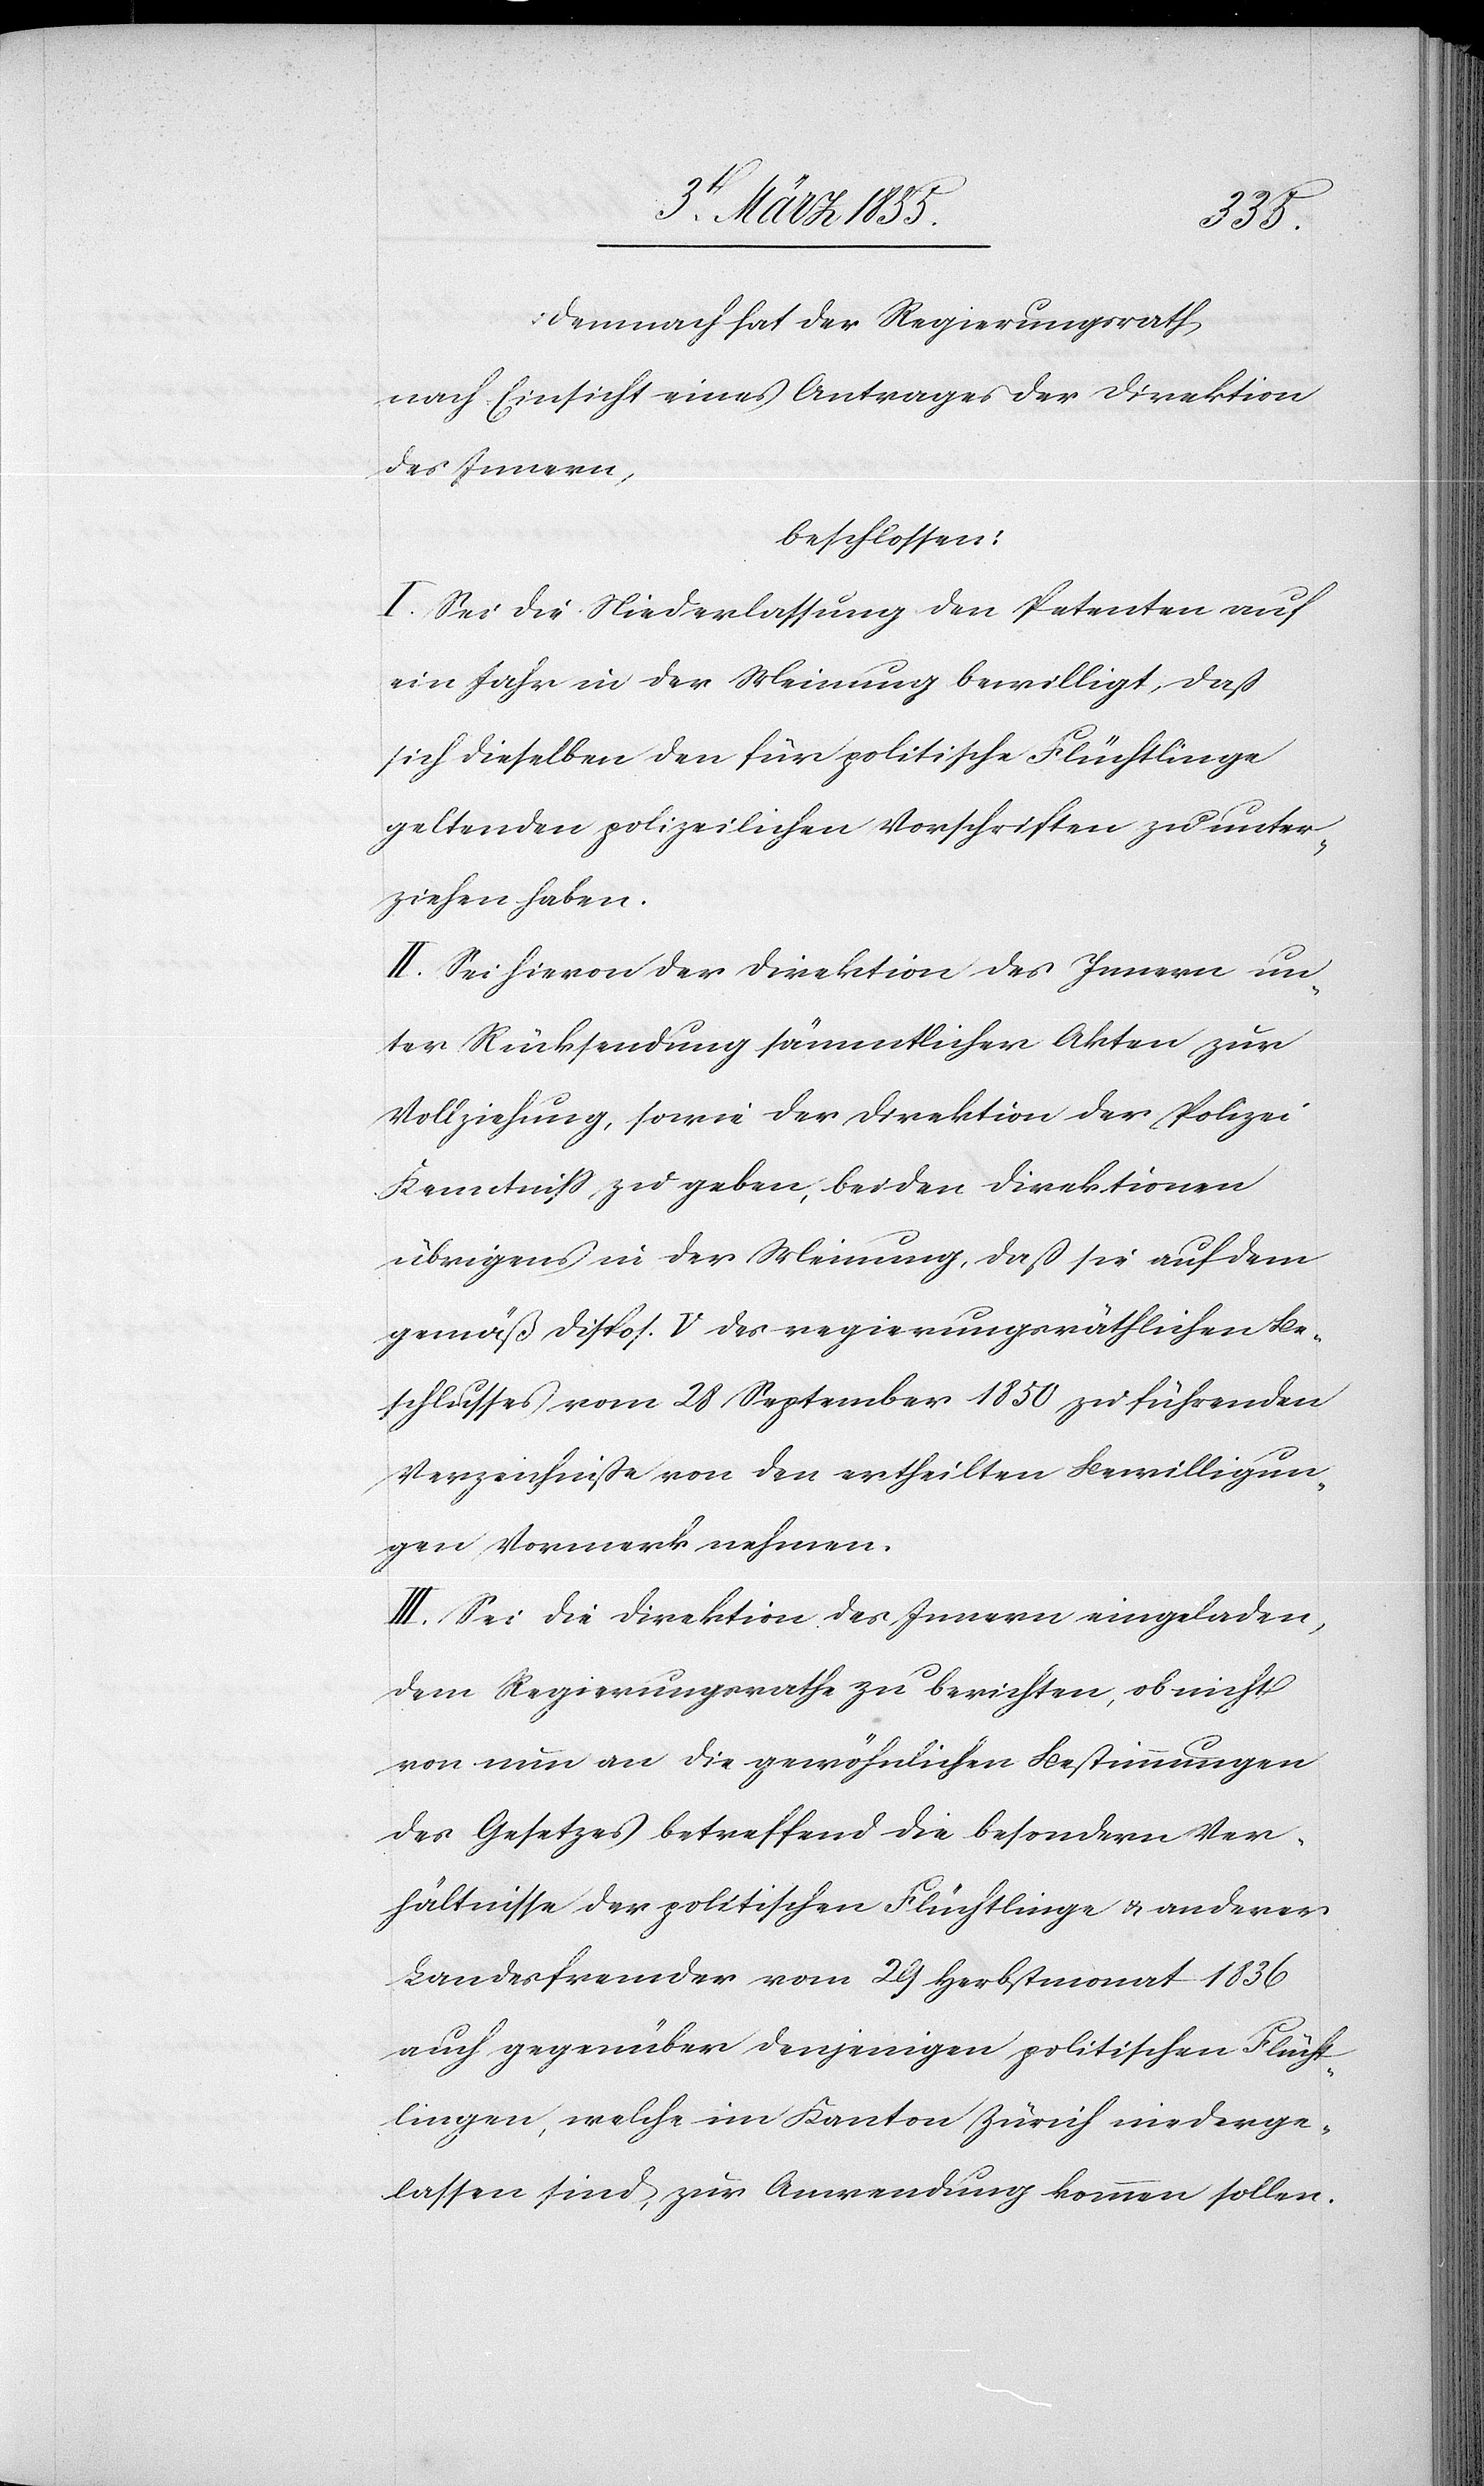
Demnach hat der Regierungsrath,
nach Einsicht eines Antrages der Direktion
des Innern,
beschlossen:
I. Sei die Niederlassung den Petenten auf
ein Jahr in der Meinung bewilligt, daß
sich dieselben den für politische Flüchtlinge
geltenden polizeilichen Vorschriften zu unter¬
ziehen haben.
II. Sei hievon der Direktion des Innern un¬
ter Rücksendung sämmtlicher Akten zur
Vollziehung, sowie der Direktion der Polizei
Kenntniss zu geben, beiden Direktionen
übrigens in der Meinung, daß sie auf dem
gemäß Dispos. V des regierungsräthlichen Be¬
schlusses vom 28 September 1850 zu führenden
Verzeichniße von den ertheilten Bewilligun¬
gen Vormerk nehmen.
III. Sei die Direktion des Innern eingeladen,
dem Regierungsrathe zu berichten, ob nicht
von nun an die gewöhnlichen Bestimmungen
des Gesetzes betreffend die besondern Ver¬
hältnisse der politischen Flüchtlinge & anderer
Landesfremder vom 29 Herbstmonat 1836
auch gegenüber denjenigen politischen Flücht¬
lingen, welche im Kanton Zürich niederge¬
lassen sind, zur Anwendung kommen sollen.